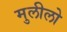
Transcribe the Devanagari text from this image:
मुलीलो